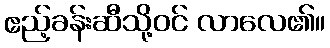
ဧည့်ခန်းဆီသို့ဝင် လာလေ၏။